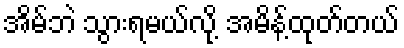
အိမ်ဘဲ သွားရမယ်လို့ အမိန့်ထုတ်တယ်